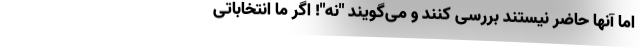
اما آنها حاضر نیستند بررسی کنند و می‌گویند "نه"! اگر ما انتخاباتی